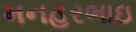
મનહરભાઇ